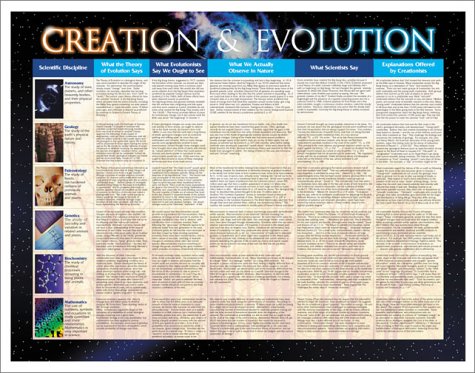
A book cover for Creation & Evolution Chart (Clear Reasons to Doubt Darwinian Evolution); Larry Blythe; Christian Books & Bibles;